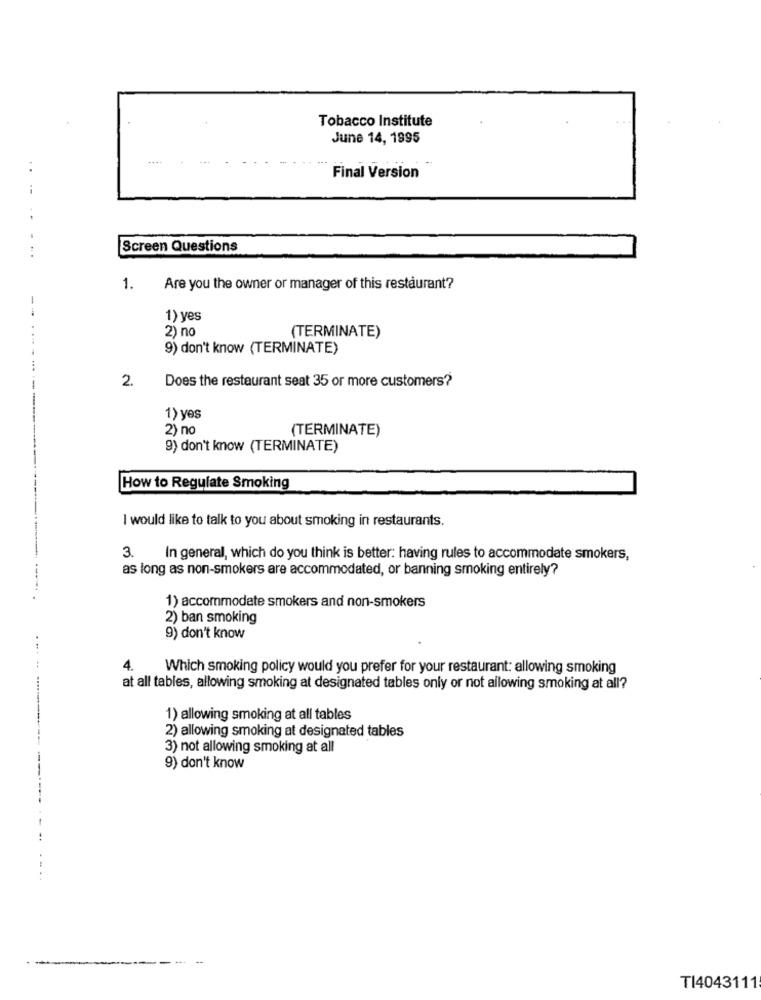
Tobacco Institute
June 14, 1995
Final Version
Screen Questions
1.
Are you the owner or manager of this restaurant?
--
1) yes
2) no
....
(TERMINATE)
9) don't know (TERMINATE)
2.
Does the restaurant seat 35 or more customers?
-----
1) yes
2) no
(TERMINATE)
9) don't know (TERMINATE)
-----
How to Regulate Smoking
I would like to talk to you about smoking in restaurants.
3.
In general, which do you think is better: having rules to accommodate smokers,
as long as non-smokers are accommodated, or banning smoking entirely?
1) accommodate smokers and non-smokers
2) ban smoking
9) don't know
4.
Which smoking policy would you prefer for your restaurant: allowing smoking
at all tables, allowing smoking at designated tables only or not allowing smoking at all?
1) allowing smoking at all tables
2) allowing smoking at designated tables
3) not allowing smoking at all
9) don't know
-
-
TI4043111